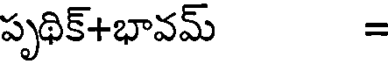
పృథిక్+భావమ్ =